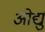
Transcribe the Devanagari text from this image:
ओद्यु